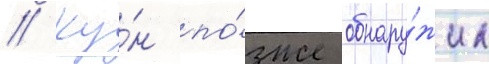
// Ку́н по́зже обнару́жил